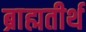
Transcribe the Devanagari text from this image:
ब्राह्मतीर्थ